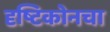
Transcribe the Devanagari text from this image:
दृष्टिकोनचा